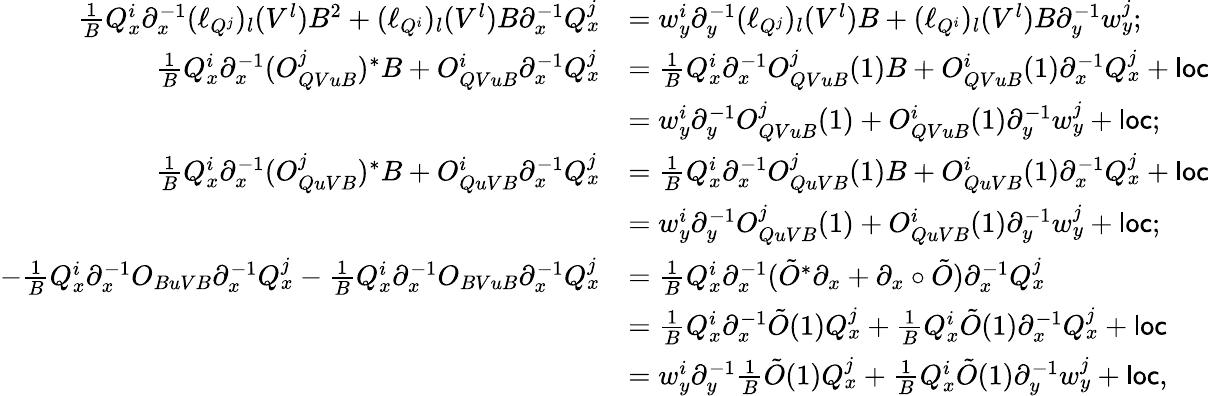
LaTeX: \begin{array}{rl}{\frac 1BQ_{x}^{i}{\partial}_{x}^{-1}(\ell_{Q^{j}})_{l}(V^{l})B^{2}+(\ell_{Q^{i}})_{l}(V^{l})B{\partial}_{x}^{-1}Q_{x}^{j}}&{=w_{y}^{i}{\partial}_{y}^{-1}(\ell_{Q^{j}})_{l}(V^{l})B+(\ell_{Q^{i}})_{l}(V^{l})B{\partial}_{y}^{-1}w_{y}^{j};}\\ {\frac 1BQ_{x}^{i}{\partial}_{x}^{-1}(O_{QVuB}^{j})^{*}B+O_{QVuB}^{i}{\partial}_{x}^{-1}Q_{x}^{j}}&{=\frac 1BQ_{x}^{i}{\partial}_{x}^{-1}O_{QVuB}^{j}(1)B+O_{QVuB}^{i}(1){\partial}_{x}^{-1}Q_{x}^{j}+\mathsf{loc}}\\ &{=w_{y}^{i}{\partial}_{y}^{-1}O_{QVuB}^{j}(1)+O_{QVuB}^{i}(1){\partial}_{y}^{-1}w_{y}^{j}+\mathsf{loc};}\\ {\frac 1BQ_{x}^{i}{\partial}_{x}^{-1}(O_{QuVB}^{j})^{*}B+O_{QuVB}^{i}{\partial}_{x}^{-1}Q_{x}^{j}}&{=\frac 1BQ_{x}^{i}{\partial}_{x}^{-1}O_{QuVB}^{j}(1)B+O_{QuVB}^{i}(1){\partial}_{x}^{-1}Q_{x}^{j}+\mathsf{loc}}\\ &{=w_{y}^{i}{\partial}_{y}^{-1}O_{QuVB}^{j}(1)+O_{QuVB}^{i}(1){\partial}_{y}^{-1}w_{y}^{j}+\mathsf{loc};}\\ {-\frac 1BQ_{x}^{i}{\partial}_{x}^{-1}O_{BuVB}{\partial}_{x}^{-1}Q_{x}^{j}-\frac 1BQ_{x}^{i}{\partial}_{x}^{-1}O_{BVuB}{\partial}_{x}^{-1}Q_{x}^{j}}&{=\frac 1BQ_{x}^{i}{\partial}_{x}^{-1}(\tilde{O}^{*}{\partial}_{x}+{\partial}_{x}\circ\tilde{O}){\partial}_{x}^{-1}Q_{x}^{j}}\\ &{=\frac 1BQ_{x}^{i}{\partial}_{x}^{-1}\tilde{O}(1)Q_{x}^{j}+\frac 1BQ_{x}^{i}\tilde{O}(1){\partial}_{x}^{-1}Q_{x}^{j}+\mathsf{loc}}\\ &{=w_{y}^{i}{\partial}_{y}^{-1}\frac 1B\tilde{O}(1)Q_{x}^{j}+\frac 1BQ_{x}^{i}\tilde{O}(1){\partial}_{y}^{-1}w_{y}^{j}+\mathsf{loc},}\end{array}